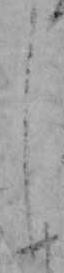
し